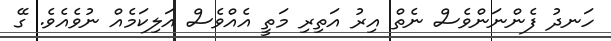
ހަނދު ފެންނަންވެސް ނެތް އިރު އަތިރި މަތީ އެއްވެސް އަލިކަމެއް ނުވެއެވެ. ގޭ